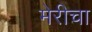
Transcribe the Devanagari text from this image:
मेरीचा